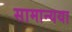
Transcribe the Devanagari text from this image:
सामान्यया